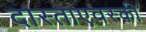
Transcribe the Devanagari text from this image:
दास्ताएवस्की